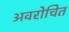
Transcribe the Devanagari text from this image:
अवरोचित